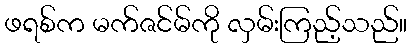
ဖရစ်က မက်ဇင်မ်ကို လှမ်းကြည့်သည်။